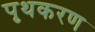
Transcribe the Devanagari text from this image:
पृथकरण